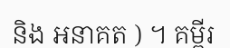
និង អនាគត ) ។ គម្ពីរ